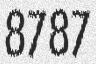
8787